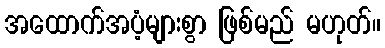
အထောက်အပံ့များစွာ ဖြစ်မည် မဟုတ်။